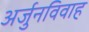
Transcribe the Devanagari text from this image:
अर्जुनविवाह